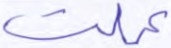
عملت